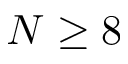
N \geq 8